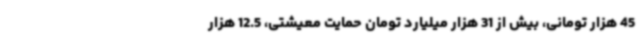
45 هزار تومانی، بیش از 31 هزار میلیارد تومان حمایت معیشتی، 12.5 هزار